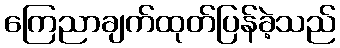
ကြေညာချက်ထုတ်ပြန်ခဲ့သည်